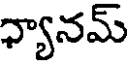
ధ్యానమ్